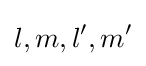
l,m,l',m'